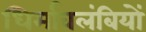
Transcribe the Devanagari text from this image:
धिर्मावलंबियों